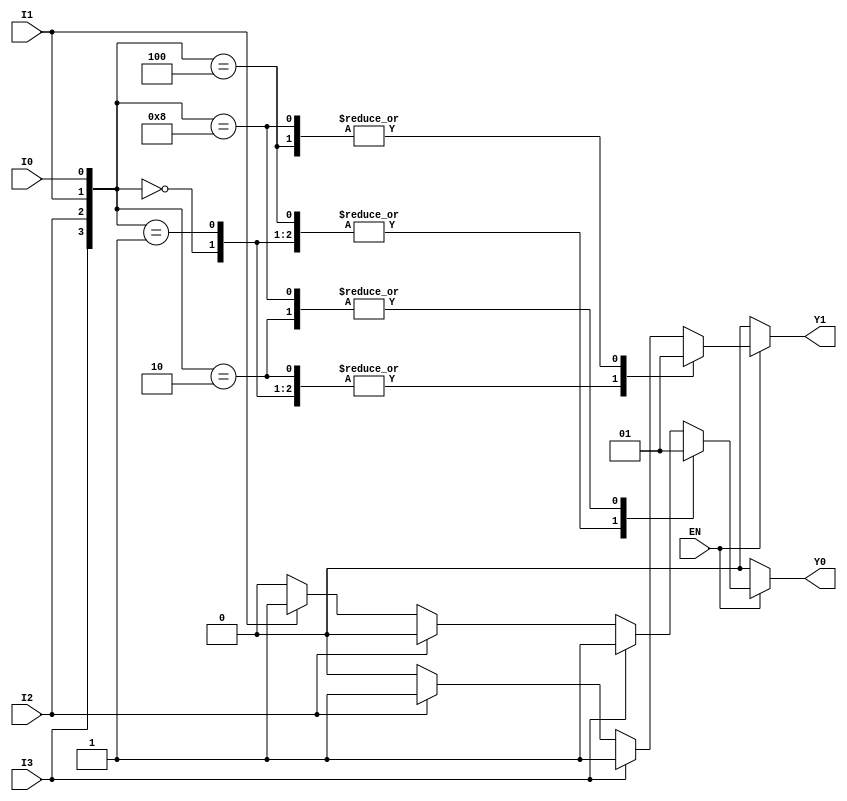
module encoder_4to2 (
    input wire I0,    // Input line 0
    input wire I1,    // Input line 1
    input wire I2,    // Input line 2
    input wire I3,    // Input line 3
    input wire EN,    // Enable input
    output reg Y0,    // Output line 0
    output reg Y1     // Output line 1
);

always @(*) begin
    if (!EN) begin
        // If enable is low, set outputs to 00
        Y0 = 0;
        Y1 = 0;
    end else begin
        // Encoder logic
        case ({I3, I2, I1, I0})
            4'b0000: begin
                Y0 = 0;
                Y1 = 0; // No active input
            end
            4'b0001: begin
                Y0 = 0;
                Y1 = 0; // I0 active
            end
            4'b0010: begin
                Y0 = 1;
                Y1 = 0; // I1 active
            end
            4'b0100: begin
                Y0 = 0;
                Y1 = 1; // I2 active
            end
            4'b1000: begin
                Y0 = 1;
                Y1 = 1; // I3 active
            end
            default: begin
                // Handle cases where multiple inputs are active
                // Prioritize higher order inputs
                if (I3) begin
                    Y0 = 1;
                    Y1 = 1; // I3 active
                end else if (I2) begin
                    Y0 = 0;
                    Y1 = 1; // I2 active
                end else if (I1) begin
                    Y0 = 1;
                    Y1 = 0; // I1 active
                end else if (I0) begin
                    Y0 = 0;
                    Y1 = 0; // I0 active
                end else begin
                    Y0 = 0;
                    Y1 = 0; // Default case (should not occur)
                end
            end
        endcase
    end
end

endmodule